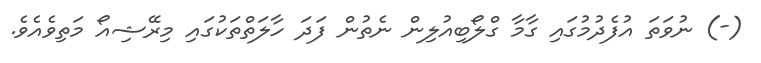
(-) ނުވަތަ އުފެދުމުގައި ގާމާ ގްލޯބިއުލިން ނެތުން ފަދަ ހާލަތްތަކުގައި މިރޭޝިއޯ މަތިވެއެވެ.